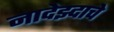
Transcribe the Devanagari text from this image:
नादेझ्दाचे